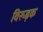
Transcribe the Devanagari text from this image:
विरूढ़क